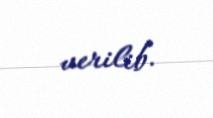
verilib.